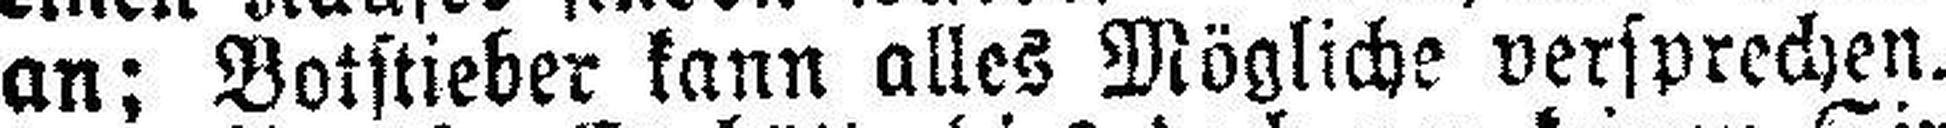
an; Botstieber kann alles Mögliche versprechen.